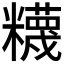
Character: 𥽘